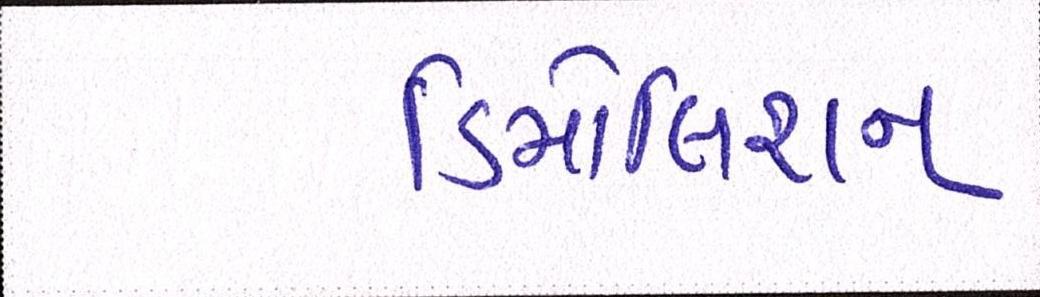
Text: ડિમોલિશન